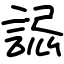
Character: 誋